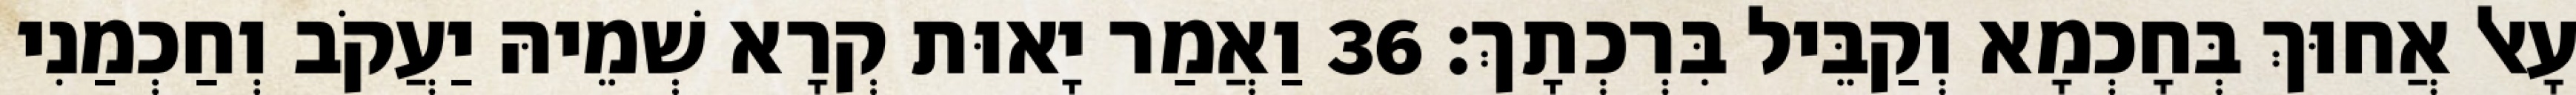
עָאל אֲחוּךְ בְּחָכְמָא וְקַבֵּיל בִּרְכְתָךְ׃ 36 וַאֲמַר יָאוּת קְרָא שְׁמֵיהּ יַעֲקֹב וְחַכְמַנִי